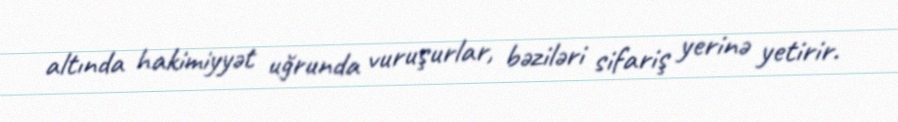
altında hakimiyyət uğrunda vuruşurlar, bəziləri sifariş yerinə yetirir.